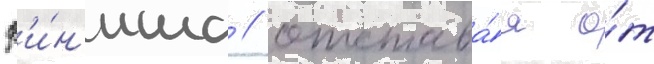
ф'и́н'иша / отстава́я о́т